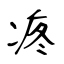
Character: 疼